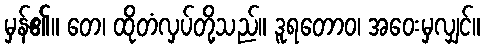
မှန်၏။ တေ၊ ထိုတံလှပ်တို့သည်။ ဒူရတောဝ၊ အဝေးမှလျှင်။